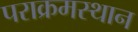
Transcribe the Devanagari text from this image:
पराक्रमस्थान